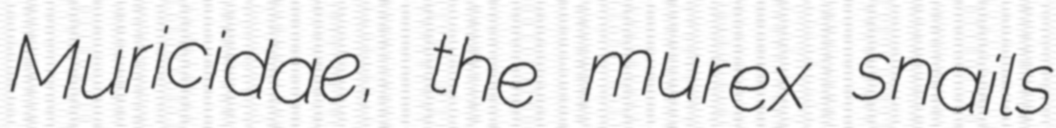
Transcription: Muricidae, the murex snails